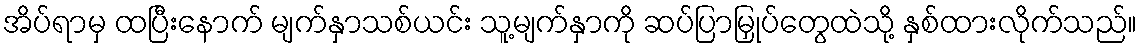
အိပ်ရာမှ ထပြီးနောက် မျက်နှာသစ်ယင်း သူ့မျက်နှာကို ဆပ်ပြာမြှုပ်တွေထဲသို့ နှစ်ထားလိုက်သည်။